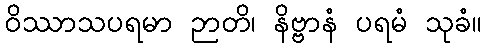
ဝိဿာသပရမာ ဉာတိ၊ နိဗ္ဗာနံ ပရမံ သုခံ။